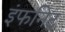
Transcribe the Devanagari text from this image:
इंफनिट